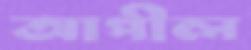
আপীল